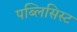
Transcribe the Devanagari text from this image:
पब्लिसिस्ट